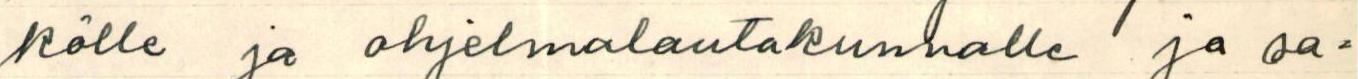
kölle ja ohjelmalautakunnalle ja sa=